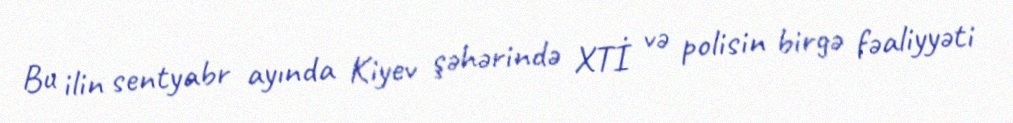
Bu ilin sentyabr ayında Kiyev şəhərində XTİ və polisin birgə fəaliyyəti